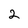
Character: 2